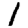
Digit: 1